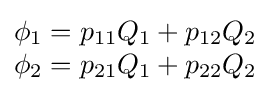
{\begin{matrix}\phi _{1}=p_{11}Q_{1}+p_{12}Q_{2}\\\phi _{2}=p_{21}Q_{1}+p_{22}Q_{2}\end{matrix}}